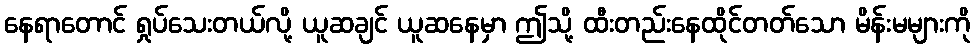
နေရာတောင် ရှုပ်သေးတယ်လို့ ယူဆချင် ယူဆနေမှာ ဤသို့ ထီးတည်းနေထိုင်တတ်သော မိန်းမများကို